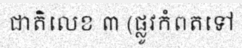
ជាតិលេខ ៣ (ផ្លូវកំពតទៅ